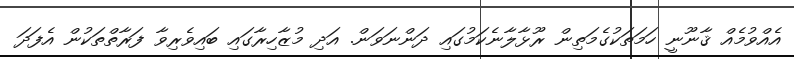
އެއްވުމެއް ޤާނޫނީ ހަމަތަކުގެމަތިން ރޫޅާލާނެކަމުގައި ދަންނަވަން. އަދި މުޒާހިރާގައި ބައިވެރިވާ ފަރާތްތަކުން އެފަދަ